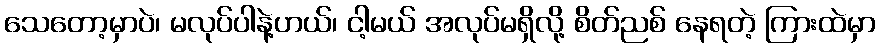
သေတော့မှာပဲ၊ မလုပ်ပါနဲ့ဟယ်၊ ငါ့မယ် အလုပ်မရှိလို့ စိတ်ညစ် နေရတဲ့ ကြားထဲမှာ